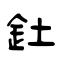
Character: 釷